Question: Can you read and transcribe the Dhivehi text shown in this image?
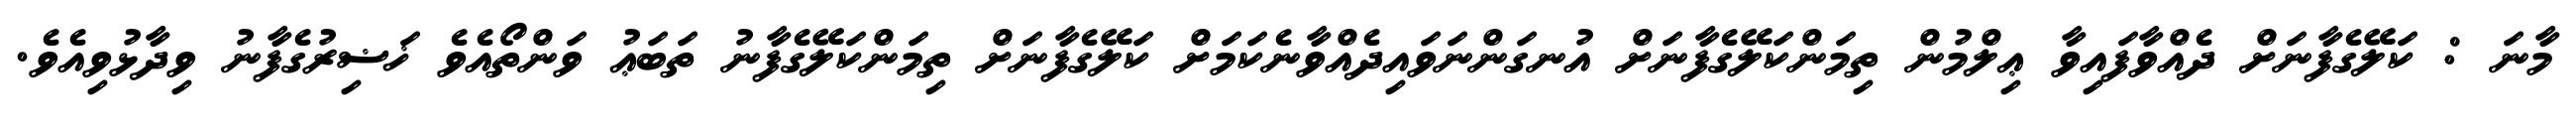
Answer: މާނަ : ކަލޭގެފާނަށް ދެއްވާފައިވާ ޢިލްމުން ތިމަންކަލޭގެފާނަށް އުނގަންނަވައިދެއްވާނެކަމަށް ކަލޭގެފާނަށް ތިމަންކަލޭގެފާނު ތަބަޢު ވަންތޯއެވެ ޚަޟިރުގެފާނު ވިދާޅުވިއެވެ.